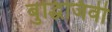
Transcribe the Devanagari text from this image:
बुद्धिजिवी